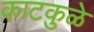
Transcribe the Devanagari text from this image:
काटकुळे